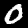
Label: 0